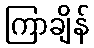
ကြာချိန်